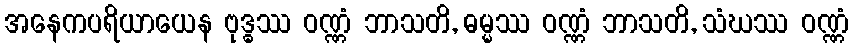
အနေကပရိယာယေန ဗုဒ္ဓဿ ဝဏ္ဏံ ဘာသတိ, ဓမ္မဿ ဝဏ္ဏံ ဘာသတိ, သံဃဿ ဝဏ္ဏံ